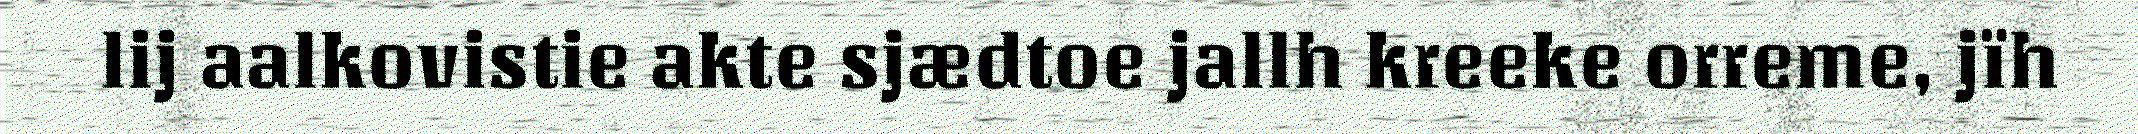
lij aalkovistie akte sjædtoe jallh kreeke orreme, jïh